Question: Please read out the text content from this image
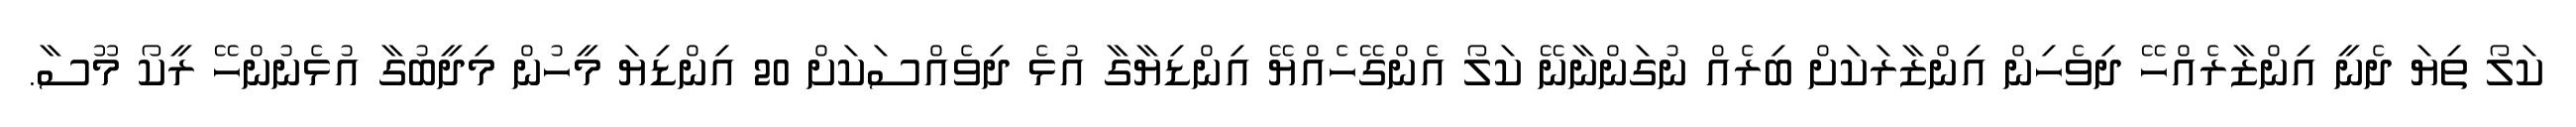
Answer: ކަލޯ ތިޔަ ދެނީ އިންޒާރެއްހޭ ދިވެހިން އިންޒާރަކަށް ބިރެއް ނުގަންނާނޭ ކަލޯ އެންގޭހެއްޔޭ އިންޑިޔާގާ އުޅެ ދިވެއްސަކަށް 20 އިންޑިޔަ މީހުން މިދީބުގާ އުޅެނުންހޭ ރީކޯ މޫސާ.